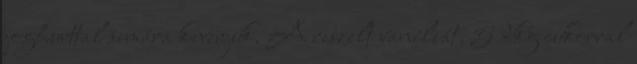
joghurttal simára keverjük. A reszelt vaníliát, 5 dkg cukorral